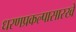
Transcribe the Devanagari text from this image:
धरणप्रकल्पासारखे